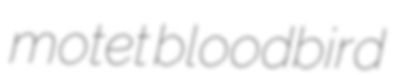
motet bloodbird